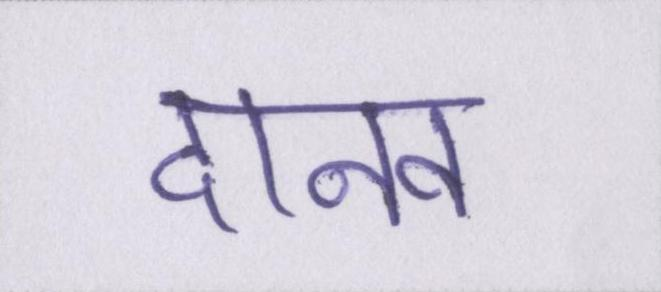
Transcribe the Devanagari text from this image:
दानव